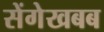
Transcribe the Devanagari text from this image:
सेंगेखबब